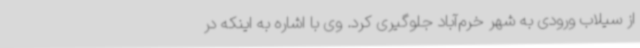
از سیلاب ورودی به شهر خرم‌آباد جلوگیری کرد. وی با اشاره به اینکه در